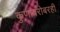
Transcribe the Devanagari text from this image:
कुणाबरोबरही